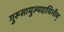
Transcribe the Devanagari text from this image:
गुरूसायुज्यदायिनीम्